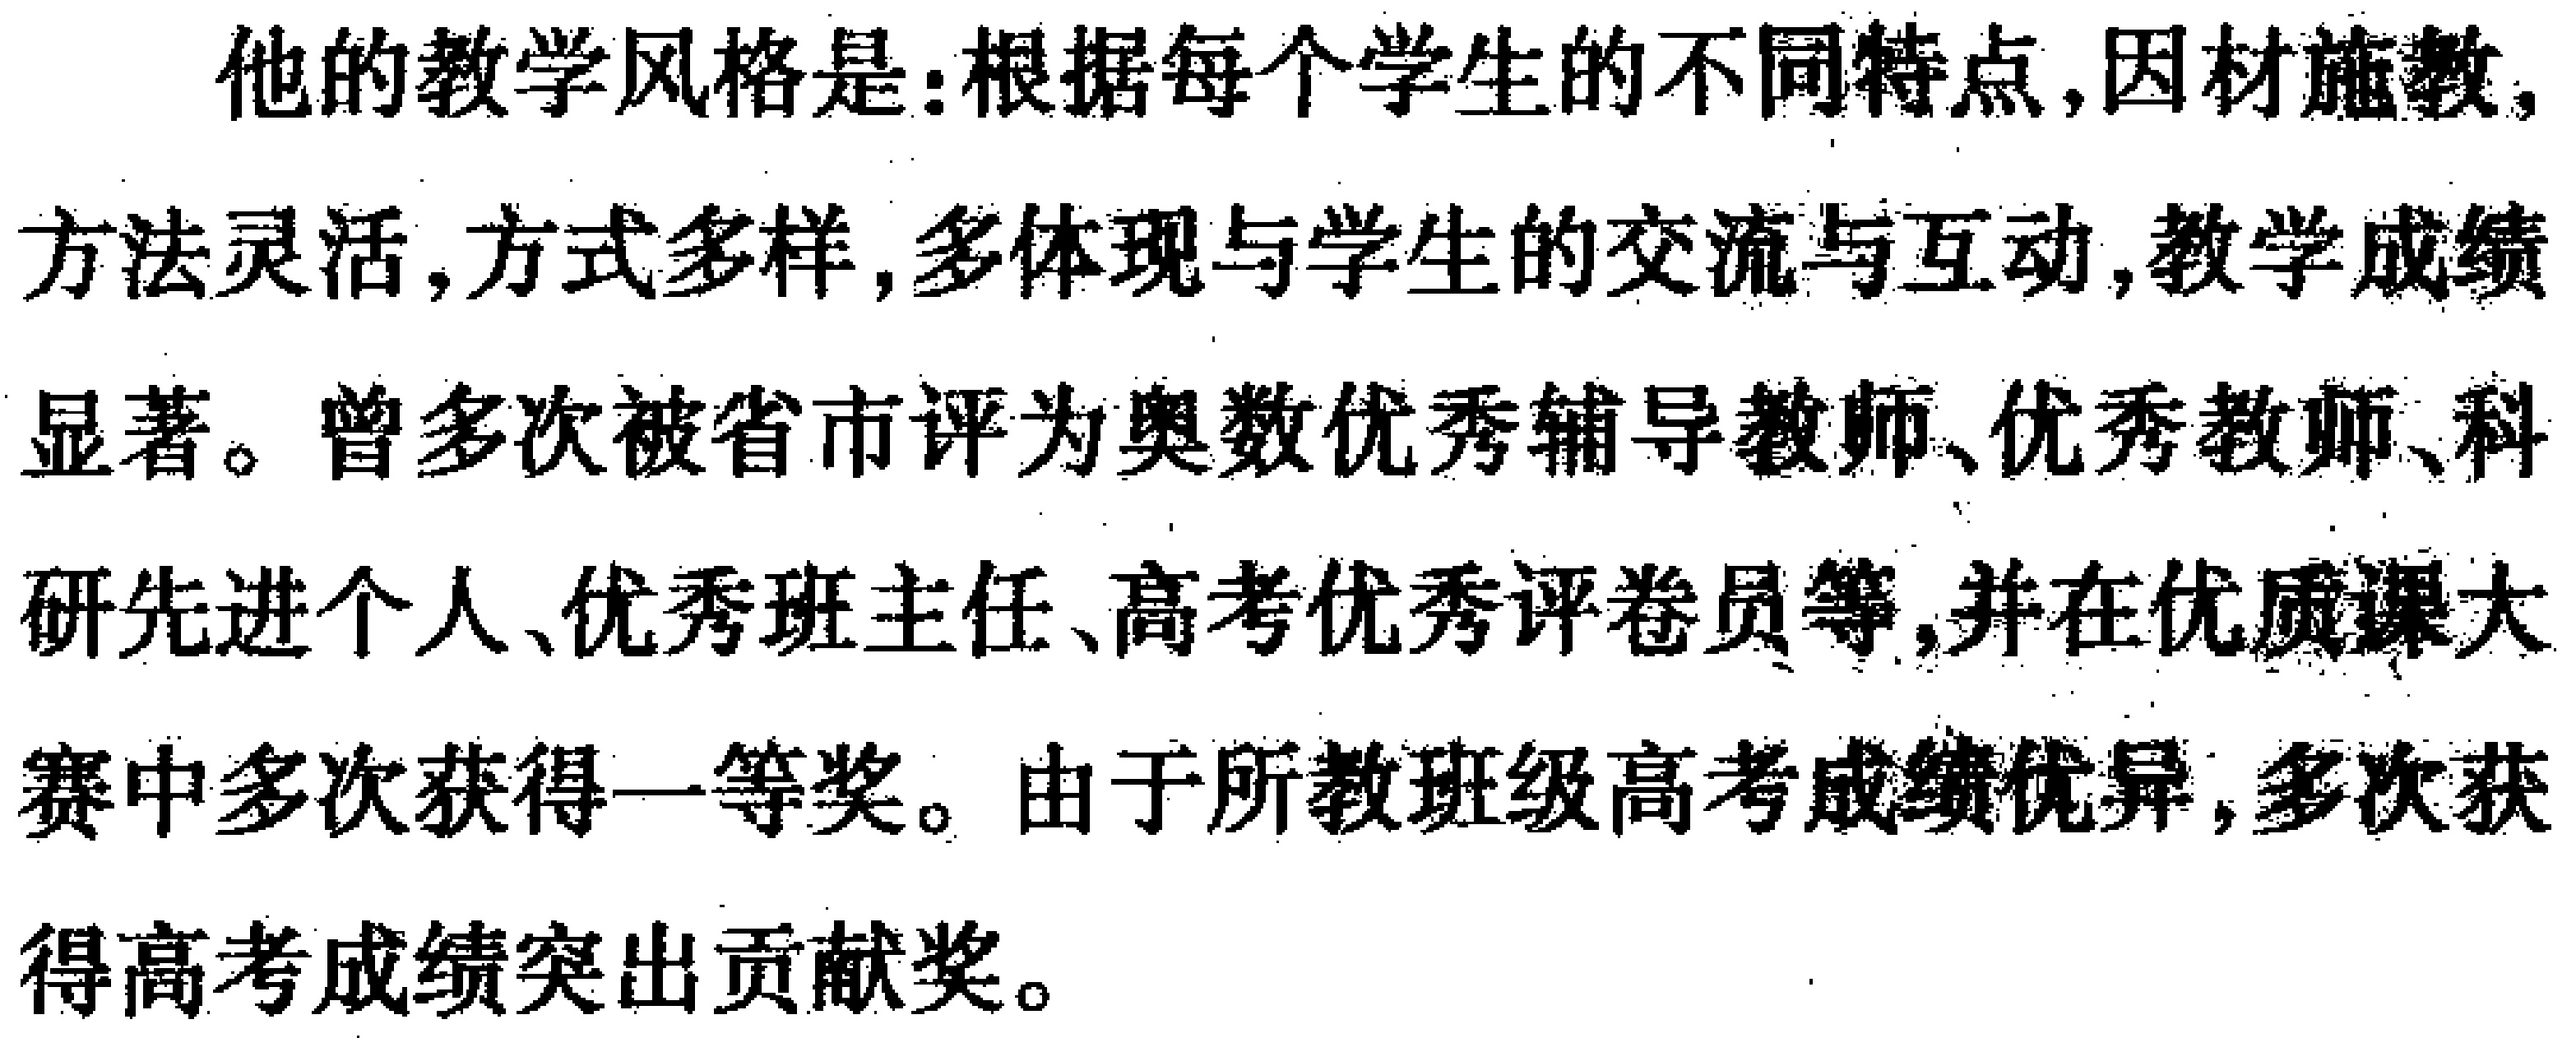
他的教学风格是：根据每个学生的不同特点,因材施教,方法灵活,方式多样,多体现与学生的交流与互动,教学成绩显著。曾多次被省市评为奥数优秀辅导教师、优秀教师、科研先进个人、优秀班主任、高考优秀评卷员等,并在优质课大赛中多次获得一等奖。由于所教班级高考成绩优异,多次获得高考成绩突出贡献奖。